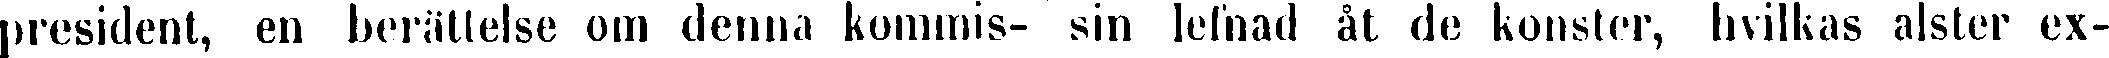
president, en berättelse om denna kommis- sin lelnad åt de konster, hvilkas alster ex-